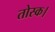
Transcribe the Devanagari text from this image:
तोस्क।